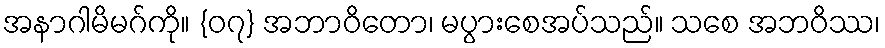
အနာဂါမိမဂ်ကို။ {၀၇} အဘာဝိတော၊ မပွားစေအပ်သည်။ သစေ အဘဝိဿ၊